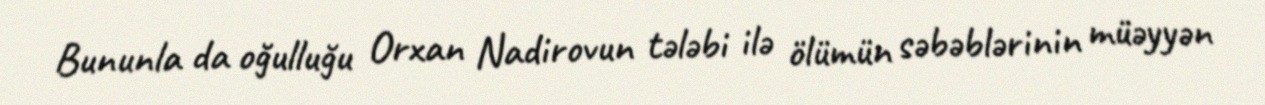
Bununla da oğulluğu Orxan Nadirovun tələbi ilə ölümün səbəblərinin müəyyən